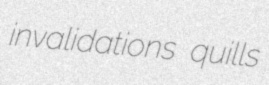
invalidations quills